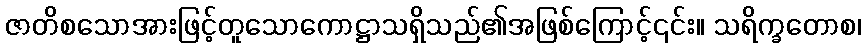
ဇာတိစသောအားဖြင့်တူသောကောဋ္ဌာသရှိသည်၏အဖြစ်ကြောင့်၎င်း။ သရိက္ခတောစ၊